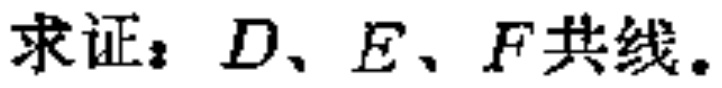
求证：\(D、E、F\)共线。